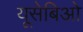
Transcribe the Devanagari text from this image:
यूसेबिओ